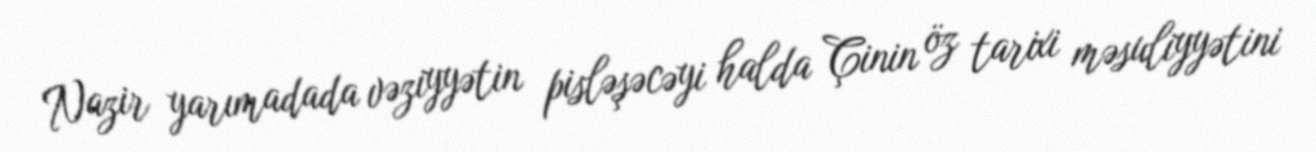
Nazir yarımadada vəziyyətin pisləşəcəyi halda Çinin öz tarixi məsuliyyətini